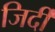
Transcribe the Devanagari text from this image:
जिर्दी